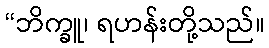
“ဘိက္ခူ၊ ရဟန်းတို့သည်။